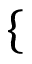
\{